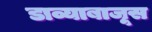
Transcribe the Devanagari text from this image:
डाव्याबाजूस